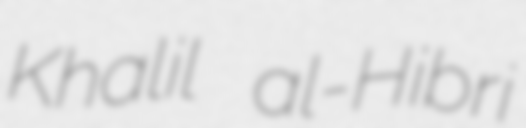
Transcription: Khalil al-Hibri